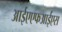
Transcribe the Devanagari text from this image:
आईएएफआईएस